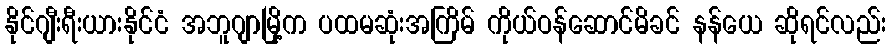
နိုင်ဂျီးရီးယားနိုင်ငံ အဘူဂျာမြို့က ပထမဆုံးအကြိမ် ကိုယ်ဝန်ဆောင်မိခင် နန်ယေ ဆိုရင်လည်း